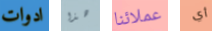
ادوات هذا عملائنا أي